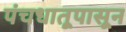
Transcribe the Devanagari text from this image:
पंचधातूपासून